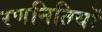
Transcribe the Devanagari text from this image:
रणनितियों